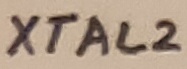
Text: XTAL2